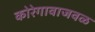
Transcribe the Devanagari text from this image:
कोरेगावाजवळ